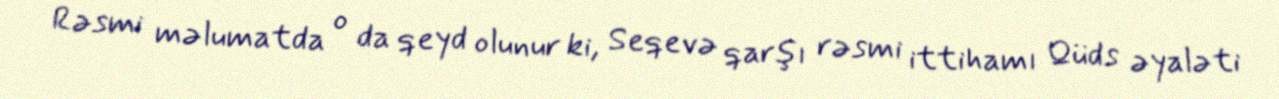
Rəsmi məlumatda o da qeyd olunur ki, Seqevə qarşı rəsmi ittihamı Qüds əyaləti